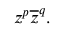
z ^ { p } { \overline { { z } } } ^ { q } .